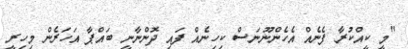
"މީ ކީއްކުރާ ފެނެއް އެހެންނޫނަސް ކިހިނެއް ފައި ދޮންނާނީ ބައްޕާ އަހަރެން މިހިރީ